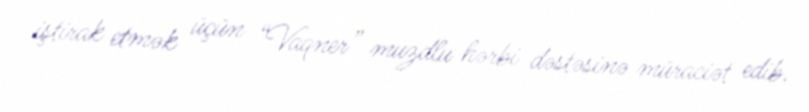
iştirak etmək üçün “Vaqner” muzdlu hərbi dəstəsinə müraciət edib.